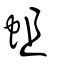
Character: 蛆